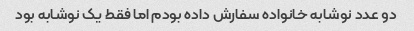
دو عدد نوشابه خانواده سفارش داده بودم اما فقط یک نوشابه بود